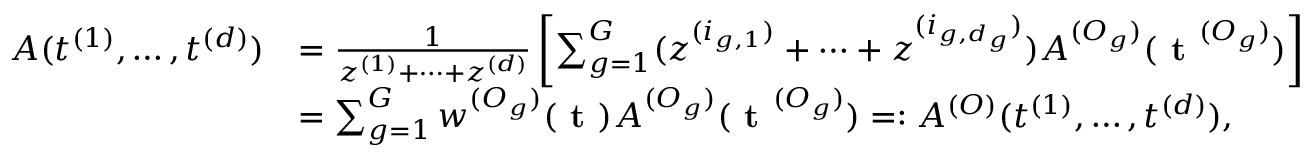
\begin{array} { r l } { A ( t ^ { ( 1 ) } , \dots , t ^ { ( d ) } ) } & { = \frac { 1 } { z ^ { ( 1 ) } + \dots + z ^ { ( d ) } } \left[ \sum _ { g = 1 } ^ { G } ( z ^ { ( i _ { g , 1 } ) } + \dots + z ^ { ( i _ { g , d _ { g } } ) } ) A ^ { ( O _ { g } ) } ( \textbf { t } ^ { ( O _ { g } ) } ) \right] } \\ & { = \sum _ { g = 1 } ^ { G } w ^ { ( O _ { g } ) } ( \textbf { t } ) A ^ { ( O _ { g } ) } ( \textbf { t } ^ { ( O _ { g } ) } ) = : A ^ { ( O ) } ( t ^ { ( 1 ) } , \dots , t ^ { ( d ) } ) , } \end{array}